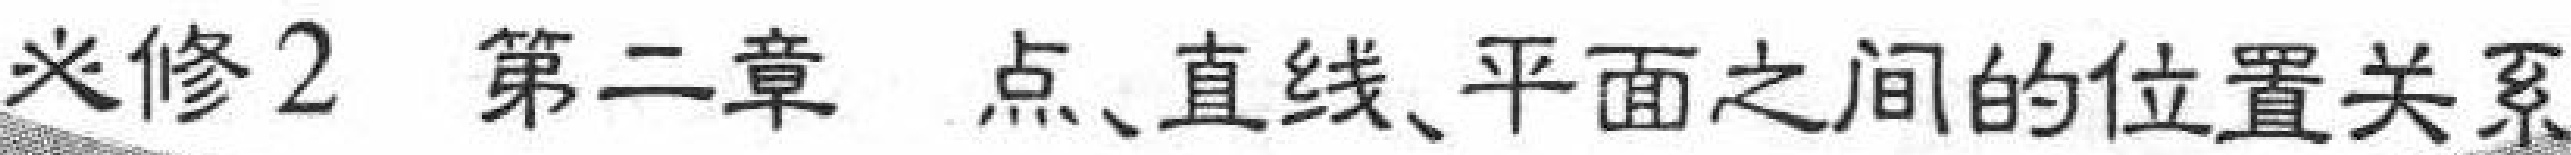
必修2 第二章 点、直线、平面之间的位置关系